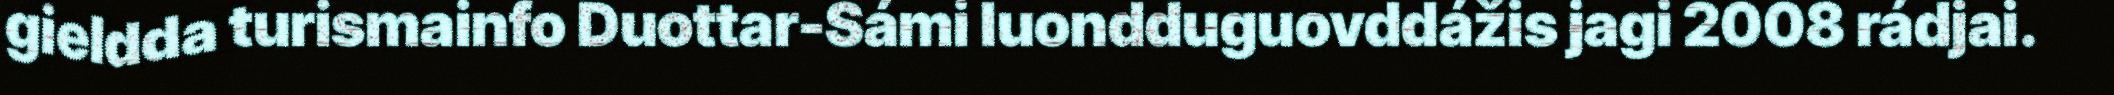
gieldda turismainfo Duottar-Sámi luondduguovddážis jagi 2008 rádjai.